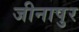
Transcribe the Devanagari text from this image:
जीनापुर